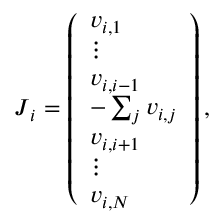
\begin{array} { r } { { \boldsymbol { J } } _ { i } = \left( \begin{array} { l } { { \boldsymbol { v } } _ { i , 1 } } \\ { \vdots } \\ { { \boldsymbol { v } } _ { i , i - 1 } } \\ { - \sum _ { j } { \boldsymbol { v } } _ { i , j } } \\ { { \boldsymbol { v } } _ { i , i + 1 } } \\ { \vdots } \\ { { \boldsymbol { v } } _ { i , N } } \end{array} \right) , } \end{array}